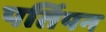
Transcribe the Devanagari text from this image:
पर्तिपन